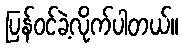
ပြန်ဝင်ခဲ့လိုက်ပါတယ်။